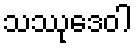
သဿုဒေဝါ